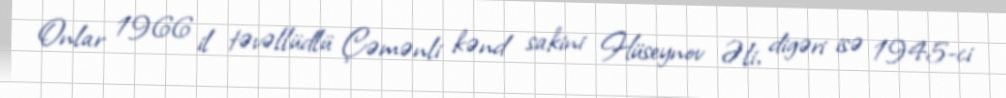
Onlar 1966 il təvəllüdlü Çəmənli kənd sakini Hüseynov Əli, digəri isə 1945-ci